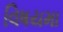
વિષયમા